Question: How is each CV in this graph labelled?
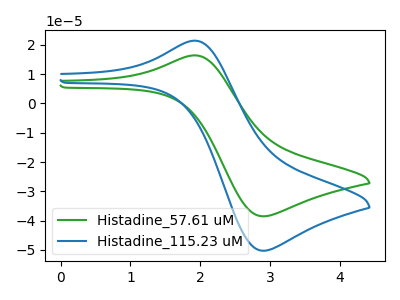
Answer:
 <answer>The green curve is labeled "Histadine_57.61 uM". The blue curve is labeled "Histadine_115.23 uM".</answer>
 <eval></eval>